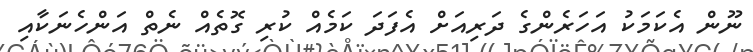
ނޫން އެކަމަކު އަހަރެންގެ ދަރިއަށް އެފަދަ ކަމެއް ކުރި ގޮތެއް ނެތް އަންހެނަކާއި